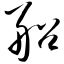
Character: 船